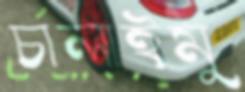
চালাইমু